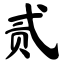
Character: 贰